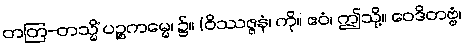
တတြ-တသ္မိံ ပဉ္စကမ္မေ၊ ၌။ (ဝိဿဇ္ဇနံ၊ ကို။ ဧဝံ၊ ဤသို့။ ဝေဒိတဗ္ဗံ၊